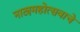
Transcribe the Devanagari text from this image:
नाट्यमहोत्सवाचे